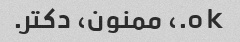
o k.، ممنون، دکتر.